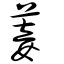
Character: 菨